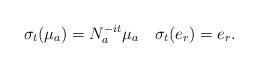
LaTeX: \begin{align*} \sigma_t(\mu_a) = N_a^{-it}\mu_a \quad \sigma_t(e_r) = e_r. \end{align*}